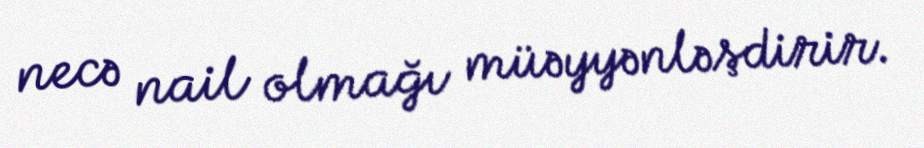
necə nail olmağı müəyyənləşdirir.